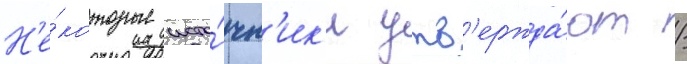
Н'е́которые исто́чн'ик'и утв'ержда́ют /